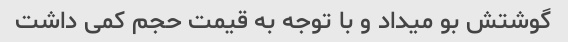
گوشتش بو میداد و با توجه به قیمت حجم کمی داشت